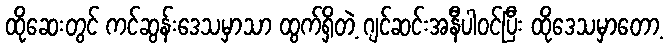
ထိုဆေးတွင် ကင်ဆွန်းဒေသမှာသာ ထွက်ရှိတဲ့ ဂျင်ဆင်းအနီပါဝင်ပြီး ထိုဒေသမှာတော့